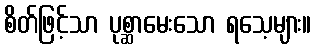
စိတ်ဖြင့်သာ ပုစ္ဆာမေးသော ရသေ့များ။